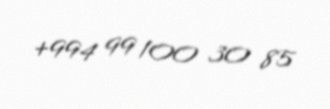
+994 99 100 30 85